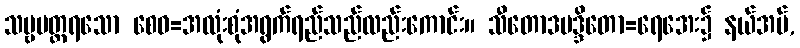
သဗ္ဗပတ္တရသော စေဝ=အလုံးစုံအရွက်ရည်သည်လည်းကောင်း။ သီတောဒမဒ္ဒိတော=ရေအေး၌ နယ်အပ်,